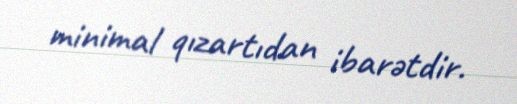
minimal qızartıdan ibarətdir.